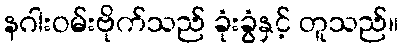
နဂါးဝမ်းဗိုက်သည် ခုံးခွံနှင့် တူသည်။